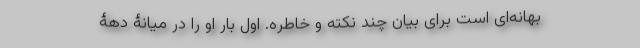
بهانه‌ای است برای بیان چند نکته و خاطره. اول بار او را در میانۀ دهۀ